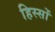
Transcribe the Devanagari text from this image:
हिस्‍सों